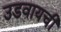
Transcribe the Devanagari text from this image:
उडवायची